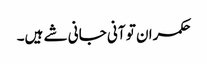
حکمران تو آنی جانی شے ہیں۔